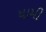
ધામી